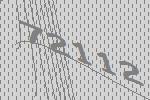
72112